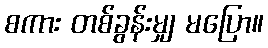
စကား တစ်ခွန်းမျှ မပြော။